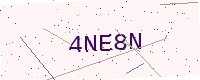
Text: 4NE8N